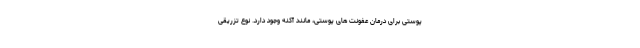
پوستی برای درمان عفونت های پوستی، مانند آکنه وجود دارد. نوع تزریقی